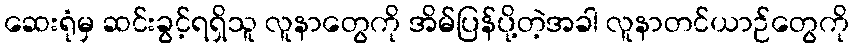
ဆေးရုံမှ ဆင်းခွင့်ရရှိသူ လူနာတွေကို အိမ်ပြန်ပို့တဲ့အခါ လူနာတင်ယာဉ်တွေကို